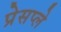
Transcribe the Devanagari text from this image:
प्रेसप्ले